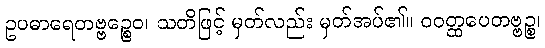
ဥပဓာရေတဗ္ဗဉ္စေဝ၊ သတိဖြင့် မှတ်လည်း မှတ်အပ်၏။ ဝဝတ္ထပေတဗ္ဗဉ္စ၊